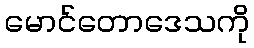
မောင်တောဒေသကို